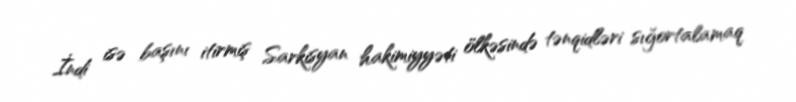
İndi isə başını itirmiş Sarkisyan hakimiyyəti ölkəsində tənqidləri sığortalamaq